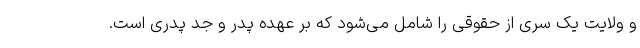
و ولایت یک سری از حقوقی را شامل می‌شود که بر عهده پدر و جد پدری است.